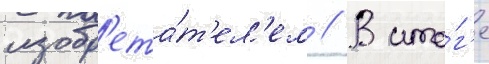
изобр'ета́т'ел'ем // В ито́г'е